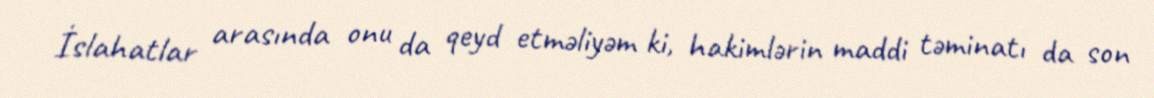
İslahatlar arasında onu da qeyd etməliyəm ki, hakimlərin maddi təminatı da son